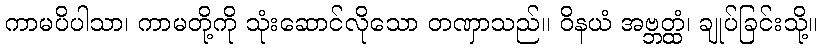
ကာမပိပါသာ၊ ကာမတို့ကို သုံးဆောင်လိုသော တဏှာသည်။ ဝိနယံ အဗ္ဘတ္ထံ၊ ချုပ်ခြင်းသို့။